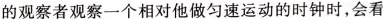
的观察者观察一个相对他做匀速运动的时钟时，会看